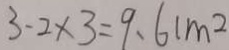
3 . 2 \times 3 = 9 . 6 c m ^ { 2 }